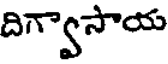
దిగ్వాసాయ